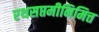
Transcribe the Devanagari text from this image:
रथसप्तमीनिमित्त